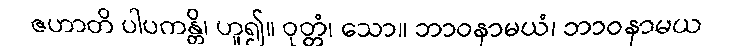
ဇဟာတိ ပါပကန္တိ၊ ဟူ၍။ ဝုတ္တံ၊ သော။ ဘာဝနာမယံ၊ ဘာဝနာမယ